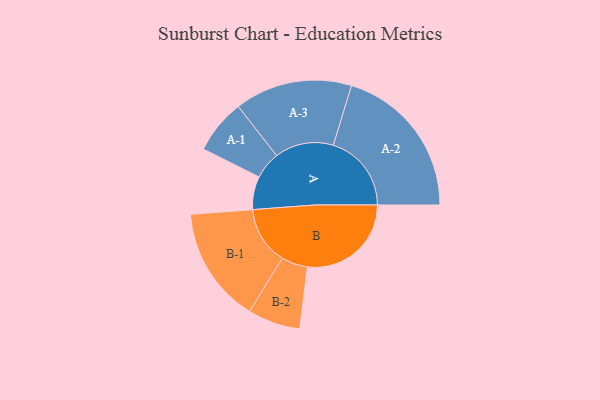
{"axis": {"x": "Segment", "y": "Value"}, "legend": ["", "A", "B"], "data": [{"x": "A", "y": 126, "type": ""}, {"x": "B", "y": 396, "type": ""}, {"x": "A-1", "y": 104, "type": "A"}, {"x": "A-2", "y": 298, "type": "A"}, {"x": "A-3", "y": 224, "type": "A"}, {"x": "B-1", "y": 221, "type": "B"}, {"x": "B-2", "y": 100, "type": "B"}]}